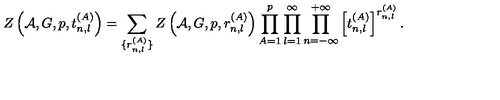
Z \left( { \cal A } , G , p , t _ { n , l } ^ { ( A ) } \right) = \sum _ { \{ r _ { n , l } ^ { ( A ) } \} } Z \left( { \cal A } , G , p , r _ { n , l } ^ { ( A ) } \right) \prod _ { A = 1 } ^ { p } \prod _ { l = 1 } ^ { \infty } \prod _ { n = - \infty } ^ { + \infty } \left[ t _ { n , l } ^ { ( A ) } \right] ^ { r _ { n , l } ^ { ( A ) } } .